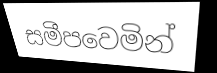
සමීපවෙමින්